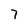
Character: 7